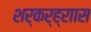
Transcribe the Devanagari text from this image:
शर्कर्ह्राास